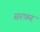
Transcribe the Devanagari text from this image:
सरफर